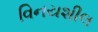
વિનયશીલ